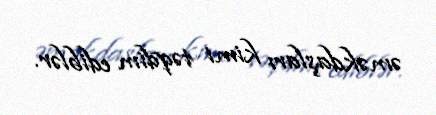
əməkdaşları kimi təqdim ediblər.